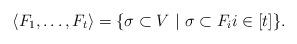
LaTeX: \begin{align*}\langle F_1, \ldots, F_t \rangle= \{ \sigma \subset V \ |\ \sigma \subset F_i i \in [t] \}.\end{align*}